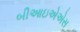
બીઆઇએએસ